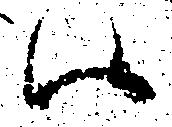
ハ